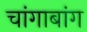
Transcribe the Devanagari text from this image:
चांगाबांग